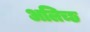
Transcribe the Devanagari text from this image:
अलिच्छ